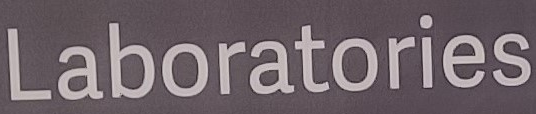
Laboratories